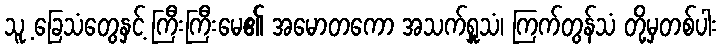
သူ့ ခြေသံတွေနှင့် ကြီးကြီးမေ၏ အမောတကော အသက်ရှူသံ၊ ကြက်တွန်သံ တို့မှတစ်ပါး